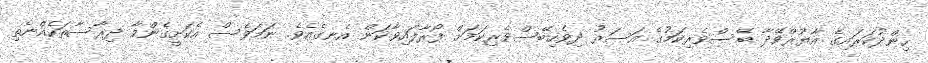
ހިންދުކަރައިގެ އާޔުރްވޭދާ ބޭސްވެރިކަމުގެ އަސަރު ދިވެހިބޭސްވެރިކަމަށް ފޯރާފައިވާކަން އެނގެއެވެ. ނަމަވެސް އެކަށީގެންވާ ދިރާސާތަކެއްނެތި